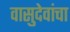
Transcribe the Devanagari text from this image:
वासुदेवांचा